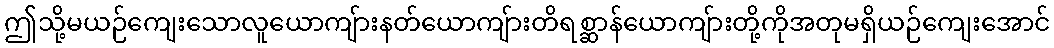
ဤသို့မယဉ်ကျေးသောလူယောကျ်ားနတ်ယောကျ်ားတိရစ္ဆာန်ယောကျ်ားတို့ကိုအတုမရှိယဉ်ကျေးအောင်